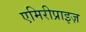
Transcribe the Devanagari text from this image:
एमिरीप्राइज़